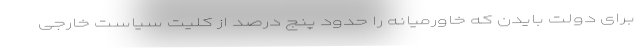
برای دولتِ بایدن که خاورمیانه را حدودِ پنج درصد از کلیتِ سیاست خارجی